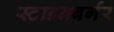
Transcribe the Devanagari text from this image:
स्टाइनबर्गर